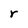
Character: r